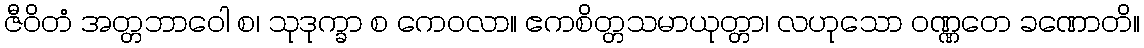
ဇီဝိတံ အတ္တဘာဝေါ စ၊ သုဒုက္ခာ စ ကေဝလာ။ ဧကစိတ္တသမာယုတ္တာ၊ လဟုသော ဝဏ္ဏတေ ခဏောတိ။